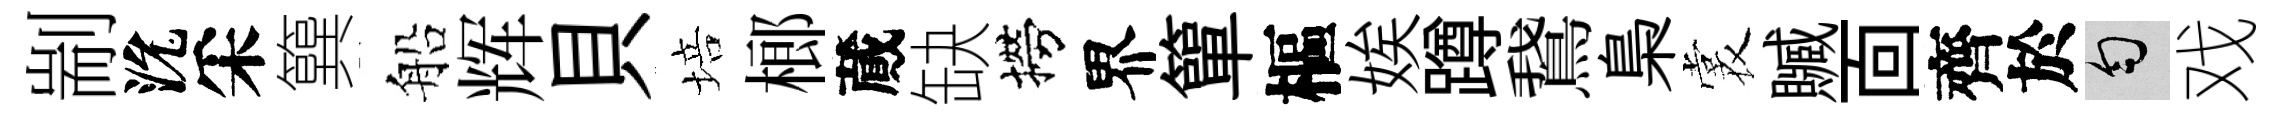
剬沇采簨船辉貝培榔蕆缺撈界簞樞娭蹲鵞梟裳贓靣齊於匀戏